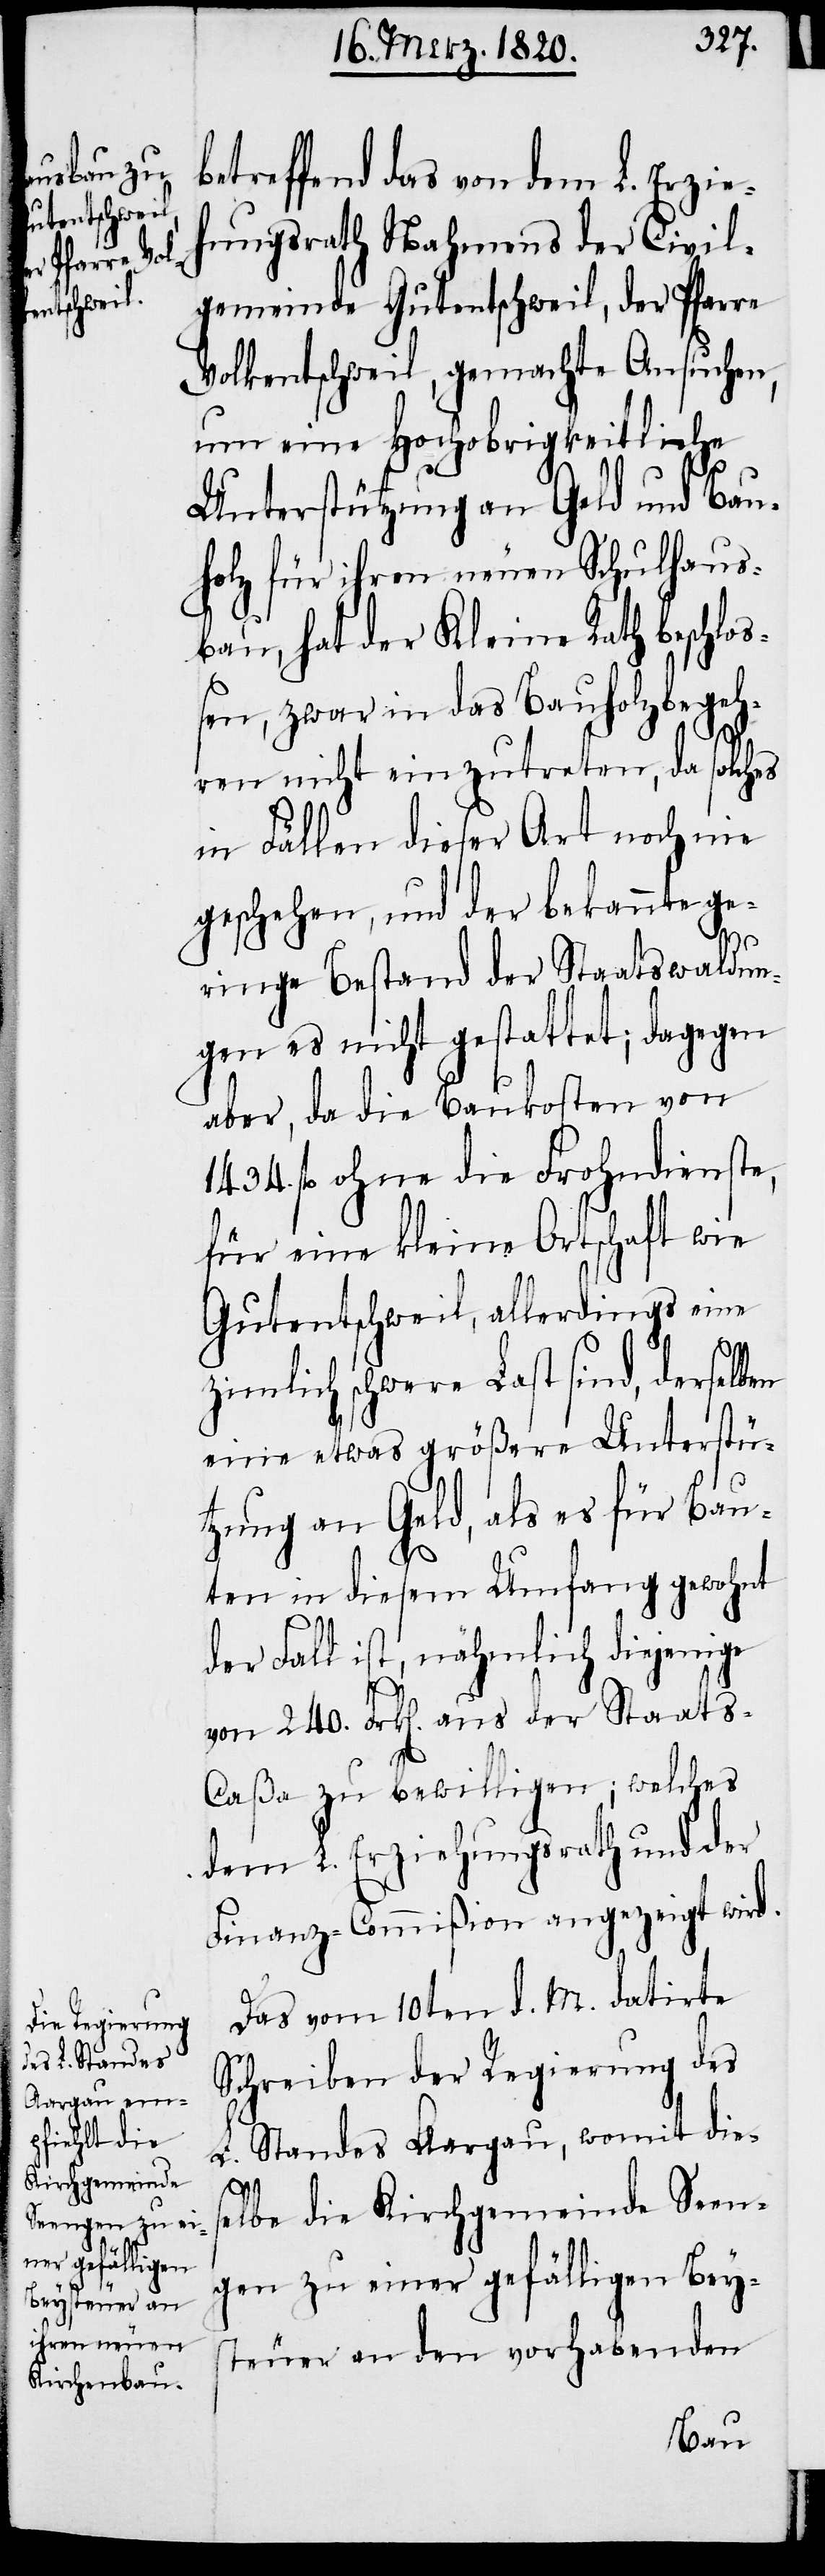
betreffend das von dem L. Erzie¬
hungsrath Nahmens der Civil¬
gemeinde Gutentschweil, der Pfarre
Volkentschweil, gemachte Ansuchen,
um eine Hochobrigkeitliche
Unterstützung an Geld und Bau¬
holz für ihren neuen Schulhaus¬
bau, hat der Kleine Rath beschloß¬
en, zwar in das Bauholzbegeh¬
ren nicht einzutreten, da solches
in Fällen dieser Art noch nie
geschehen, und der bekannte ge¬
ringe Bestand der Staatswaldun¬
gen es nicht gestattet; dagegen
aber, da die Baukosten von
1434. fl ohne die Frohndienste,
für eine kleine Ortschaft wie
Gutentschweil, allerdings eine
ziemlich schwere Last sind, derselb¬
eine etwas größere Unterstü¬
tzung an Geld, als es für Bau¬
ten in diesem Umfang gewohnt
der Fall ist, nähmlich diejenige
von 240. Frk[en]. aus der Staat¬
s-Caßa zu bewilligen; welches
dem L. Erziehungsrath und der
Finanz-Commißion angezeigt wird.
Das vom 10ten d. M. datirte
Schreiben der Regierung des
L. Standes Aargau, womit die¬
selbe die Kirchgemeinde Seen¬
gen zu einer gefälligen Bey¬
steuer an den vorhabenden
en